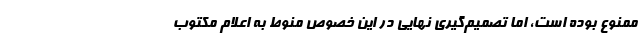
ممنوع بوده است، اما تصمیم‌گیری نهایی در این خصوص منوط به اعلام مکتوب